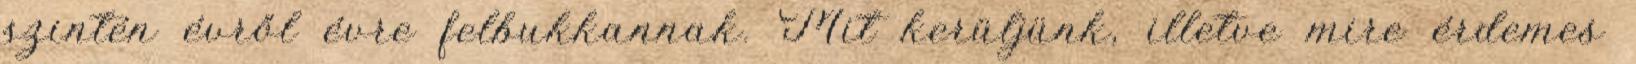
szintén évről évre felbukkannak. Mit kerüljünk, illetve mire érdemes